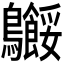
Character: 𬷸